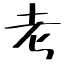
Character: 考